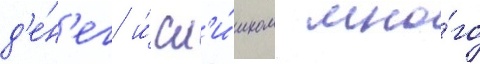
д'е́н'ег и́ сл'и́шком мно́го